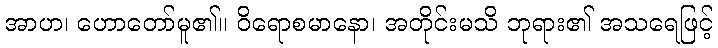
အာဟ၊ ဟောတော်မူ၏။ ဝိရောစမာနော၊ အတိုင်းမသိ ဘုရား၏ အသရေဖြင့်